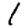
Digit: 1